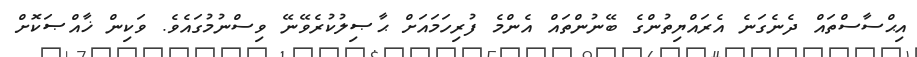
އިޙްސާސްތައް ދެނެގަނެ އެރައްޔިތުންގެ ބޭނުންތައް އެންމެ ފުރިހަމައަށް ޙާޞިލުކުރެވޭނޭ ވިސްނުމުގައެވެ. ވަކިން ޚާއްޞަކޮށް